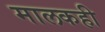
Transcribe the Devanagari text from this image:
मालकही